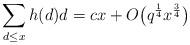
LaTeX: \begin{align*} \sum_{d\le x}h(d)d = cx +O\bigl( q^{\frac14} x^{\frac34}\bigr)\end{align*}